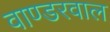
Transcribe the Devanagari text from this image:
वाण्डरवाल